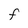
Character: F